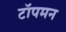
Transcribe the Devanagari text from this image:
टॉपमन